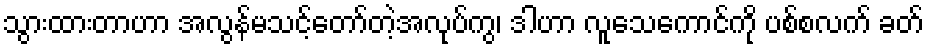
သွားထားတာဟာ အလွန်မသင့်တော်တဲ့အလုပ်ကွ၊ ဒါဟာ လူသေကောင်ကို ပစ်စလက် ခတ်